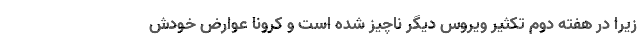
زیرا در هفته دوم تکثیر ویروس دیگر ناچیز شده است و کرونا عوارض خودش